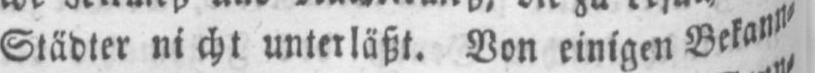
Städter nicht unterläßt. Von einigen Bekann⸗